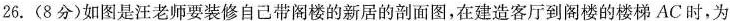
26.(8分)如图是汪老师要装修自己带阁楼的新居的剖面图，在建造客厅到阁楼的楼梯AC时，为